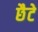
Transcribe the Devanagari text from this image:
छैटे